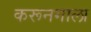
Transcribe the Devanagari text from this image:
करूनगाला